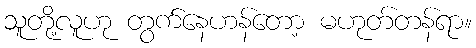
သူတို့လူဟု တွက်နေဟန်တော့ မဟုတ်တန်ရာ။